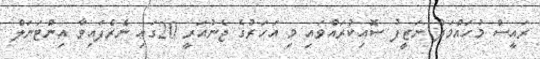
ރައީސް މުހައްމަދު ނަޒީފު ސޮއިކުރައްވައި މި އަހަރުގެ ޖެނުއަރީ 20ގައި ނެރެފައިވާ އިންޓަނަލް